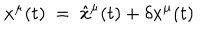
x ^ { \mu } ( t ) ~ = ~ { \hat { x } } ^ { \mu } ( t ) + \delta x ^ { \mu } ( t )